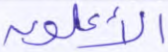
الأعلون